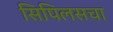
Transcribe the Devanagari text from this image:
सिपिलसचा